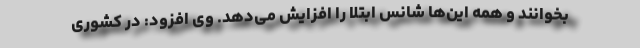
بخوانند و همه این‌ها شانس ابتلا را افزایش می‌دهد. وی افزود: در کشوری